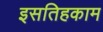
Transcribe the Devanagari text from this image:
इसतिहकाम